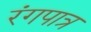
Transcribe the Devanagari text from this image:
रंगपात्र